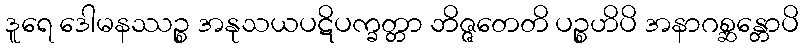
ဒူရေ ဒေါမနဿဉ္စ အနုသယပဋိပက္ခတ္တာ ဘိဇ္ဇတေတိ ပဉ္စဟိပိ အနာဂစ္ဆန္တောပိ